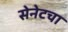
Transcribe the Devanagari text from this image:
सेनेटचा